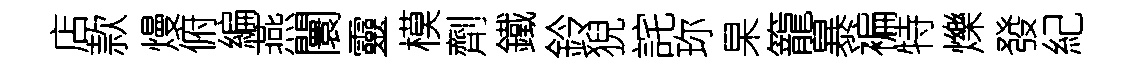
店款熳俯編燕闤靈模劑鐵鈴猊詫珎杲籠暴褊特爍發紀